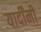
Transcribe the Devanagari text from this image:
यार्दींनी